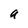
Character: a